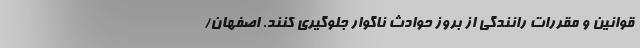
قوانین و مقررات رانندگی از بروز حوادث ناگوار جلوگیری کنند. اصفهان/